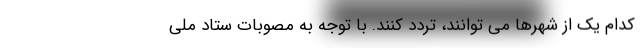
کدام یک از شهرها می توانند، تردد کنند. با توجه به مصوبات ستاد ملی